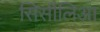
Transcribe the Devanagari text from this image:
सिसीलिआ